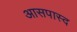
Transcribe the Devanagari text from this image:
आसपास्द